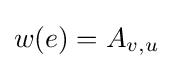
w(e)=A_{v,u}